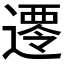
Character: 𮟀